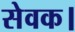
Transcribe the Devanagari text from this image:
सेवक।